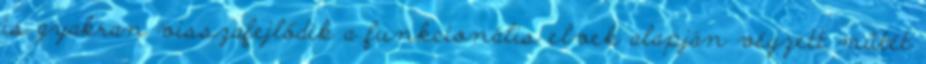
is gyakran visszafejlődik a funkcionális elvek alapján végzett műtét